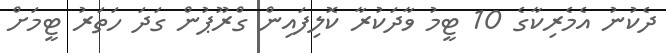
ދެކުނު އެމެރިކާގެ 10 ޓީމު ވާދަކުރާ ކޮލިފައިން ގްރޫޕުން ގަދަ ހަތަރު ޓީމަށް